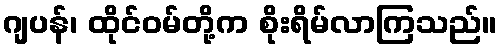
ဂျပန်၊ ထိုင်ဝမ်တို့က စိုးရိမ်လာကြသည်။